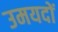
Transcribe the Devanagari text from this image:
उमयदों